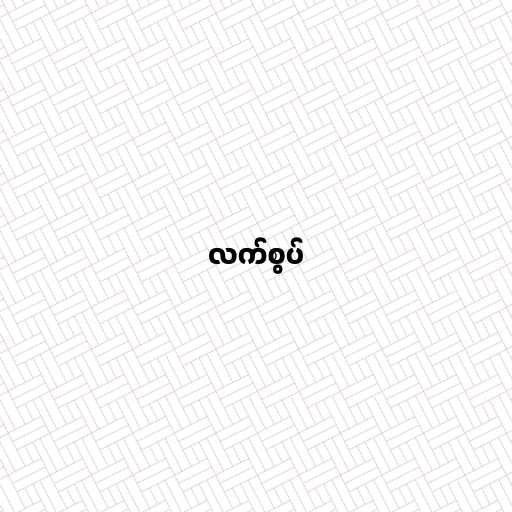
လက်စွပ်